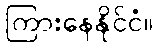
ကြားနေနိုင်ငံ။